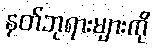
နတ်ဘုရားများကို